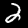
Digit: 2